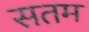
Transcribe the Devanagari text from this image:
सतम